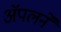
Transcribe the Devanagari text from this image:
ॲपलने